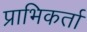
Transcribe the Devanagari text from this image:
प्राभिकर्ता